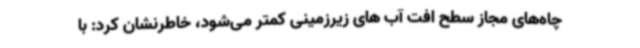
چاه‌های مجاز سطح افت آب های زیرزمینی کمتر می‌شود، خاطرنشان کرد: با